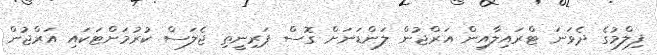
ފިލްމުގެ ދެވަނަ ޓްރައިލާއިން އަރްޖުން ލަންޑަނަށް ގޮސް ޕަރިނީތި ޖެލަސް ކުރުމަށްޓަކައި އަރްޖުން